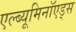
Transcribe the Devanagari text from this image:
एल्ब्यूमिनॉएड्स